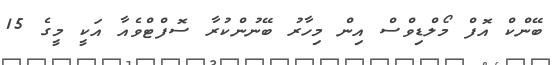
ބޭންކް އޮފް މޯލްޑިވްސް އިން މިހާރު ބޭނުންކުރާ ސޮފްޓްވެއާ އަކީ މީގެ 15